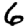
Digit: 6